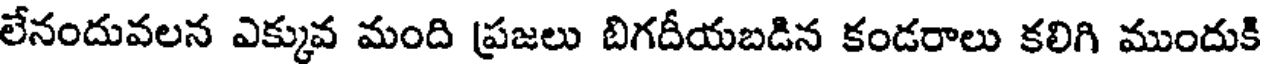
లేనందువలన ఎక్కువ మంది ప్రజలు బిగదీయబడిన కండరాలు కలిగి ముందుకి